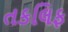
તકલિફ